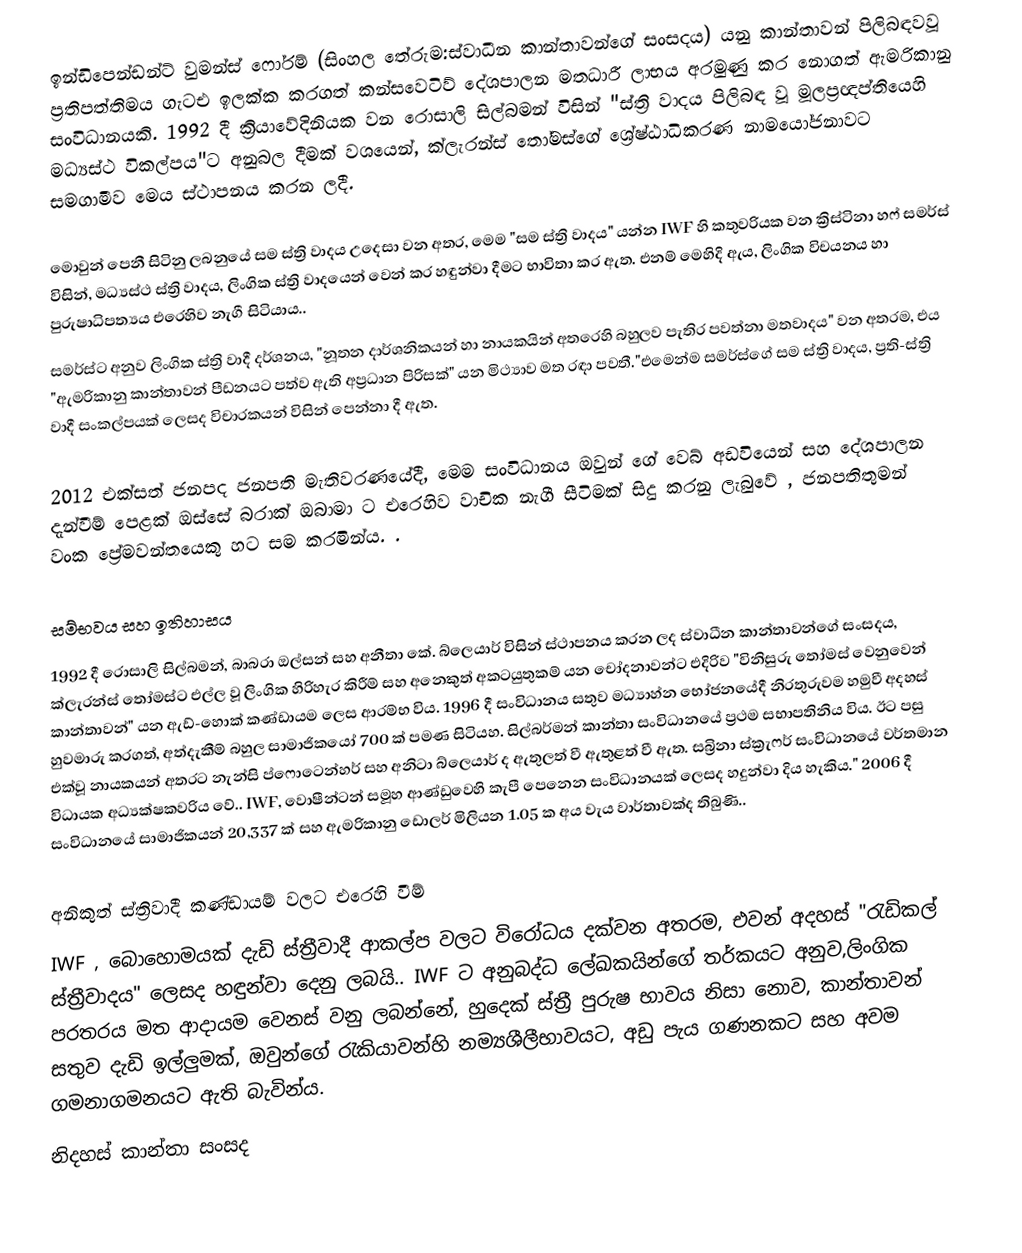
ඉන්ඩිපෙන්ඩන්ට් වුමන්ස් ෆෝරම් (සිංහල තේරුම:ස්වාධීන කාන්තාවන්ගේ සංසදය) යනු කාන්තාවන් පිලිබඳවවූ ප්‍රතිපත්තිමය ගැටඑ ඉලක්ක කරගත් කන්සවෙටිව් දේශපාලන මතධාරී ලාභය අරමුණු කර නොගත් ඇමරිකානු සංවිධානයකි.  1992 දී ක්‍රියාවේදිනියක වන රොසාලි සිල්බමන් විසින්  "ස්ත්‍රි වාදය පිලිබඳ වූ මූලප්‍රඥප්තියෙහි මධ්‍යස්ථ විකල්පය"ට අනුබල දීමක් වශයෙන්,  ක්ලැරන්ස් තෝමස්ගේ ශ්‍රේෂ්ඨාධිකරණ නාමයෝජනාවට සමගාමීව මෙය ස්ථාපනය කරන ලදී.

මොවුන් පෙනී සිටිනු ලබනුයේ සම ස්ත්‍රි වාදය උදෙසා වන අතර, මෙම "සම ස්ත්‍රි වාදය" යන්න IWF හි කතුවරියක වන ක්‍රිස්ටිනා හෆ් සමර්ස් විසින්, මධ්‍යස්ථ ස්ත්‍රි වාදය, ලිංගික ස්ත්‍රි වාදයෙන් වෙන් කර හඳුන්වා දීමට භාවිතා කර ඇත. එනම් මෙහිදි ඇය, ලිංගික විචයනය හා පුරුෂාධිපත්‍යය එරෙහිව නැගී සිටියාය..
සමර්ස්ට අනුව ලිංගික ස්ත්‍රි වාදී දර්ශනය, "නූතන දාර්ශනිකයන් හා නායකයින් අතරෙහි බහුලව පැතිර පවත්නා මතවාදය" වන අතරම, එය   "ඇමරිකානු කාන්තාවන්   පීඩනයට පත්ව ඇති  අප්‍රධාන පිරිසක්" යන මිථ්‍යාව මත රඳා පවතී."එමෙන්ම සමර්ස්ගේ සම ස්ත්‍රි වාදය, ප්‍රති-ස්ත්‍රි වාදී සංකල්පයක් ලෙසද විචාරකයන් විසින් පෙන්නා දී ඇත.

2012 එක්සත් ජනපද ජනපති මැතිවරණයේදී, මෙම සංවිධානය ඔවුන් ගේ වෙබ් අඩවියෙන් සහ දේශපාලන දැන්වීම් පෙළක් ඔස්සේ බරාක් ඔබාමා ට එරෙහිව වාචික නැගී සීටිමක් සිදු කරනු ලැබුවේ , ජනපතිතුමන්  වංක ප්‍රේමවන්තයෙකු හට සම කරමින්ය. .

සම්භවය සහ ඉතිහාසය
1992 දී රොසාලි සිල්බමන්, බාබරා ඔල්සන් සහ අනීතා කේ. බ්ලෙයාර් විසින් ස්ථාපනය කරන ලද ස්වාධීන කාන්තාවන්ගේ සංසදය, ක්ලැරන්ස් තෝමස්ට එල්ල වූ ලිංගික හිරිහැර කිරීම් සහ අනෙකුත් 	අකටයුතුකම් යන චෝදනාවන්ට එදිරිව  "විනිසුරු තෝමස් වෙනුවෙන් කාන්තාවන්" යන ඇඩ්-හොක් කණ්ඩායම ලෙස ආරම්භ විය. 1996 දී සංවිධානය සතුව  මධ්‍යාහ්න භෝජනයේදී නිරතුරුවම හමුවී අදහස් හුවමාරු කරගත්, අත්දැකීම් බහුල  සාමාජිකයෝ 700  ක් පමණ සිටියහ. සිල්බර්මන් කාන්තා සංවිධානයේ ප්‍රථම සභාපතිනිය විය. ඊට පසු එක්වූ නායකයන් අතරට නැන්සි ප්ෆොටෙන්හර් සහ අනිටා බ්ලෙයාර් ද ඇතුලත් වී ඇතුළත් වී ඇත. සබ්‍රිනා ස්ක්‍රැෆර් සංවිධානයේ වර්තමාන විධායක අධ්‍යක්ෂකවරිය වේ..  IWF, වොෂීන්ටන් සමූහ ආණ්ඩුවෙහි  කැපී පෙනෙන සංවිධානයක් ලෙසද හදුන්වා දිය හැකිය." 2006 දී සංවිධානයේ සාමාජිකයන් 20,337 ක් සහ ඇමරිකානු ඩොලර් මිලියන 1.05 ක අය වැය වාර්තාවක්ද තිබුණි..

අනිකුත්  ස්ත්‍රිවාදී කණ්ඩායම් වලට එරෙහි වීම්
IWF , බොහොමයක් දැඩි ස්ත්‍රීවාදී ආකල්ප වලට විරෝධය  දක්වන අතරම, එවන් අදහස් "රැඩිකල් ස්ත්‍රීවාදය" ලෙසද හඳුන්වා දෙනු ලබයි.. IWF ට අනුබද්ධ  ලේඛකයින්ගේ තර්කයට අනුව,ලිංගික පරතරය මත ආදායම වෙනස් වනු ලබන්නේ, හුදෙක් ස්ත්‍රී පුරුෂ භාවය නිසා නොව, කාන්තාවන් සතුව දැඩි ඉල්ලුමක්, ඔවුන්ගේ රැකියාවන්හි නම්‍යශීලීභාවයට, අඩු පැය ගණනකට සහ අවම ගමනාගමනයට ඇති බැවින්ය.
නිදහස් කාන්තා සංසද